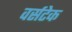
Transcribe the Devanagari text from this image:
वर्सटेक